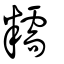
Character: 糯